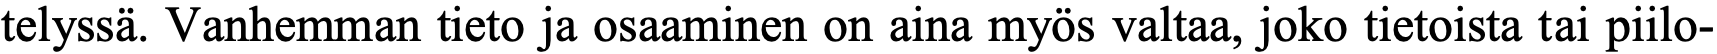
telyssä. Vanhemman tieto ja osaaminen on aina myös valtaa, joko tietoista tai piilo-